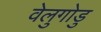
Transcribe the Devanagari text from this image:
वेलुगोडु